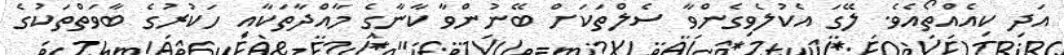
އަދި ކިއެއްތޯއެވެ. ލޭގަ އެކުލެވިގެންވާ ސެލްތަކަށް ބޭނުންވާ ކާނާގެ މާއްދާތަކާއި ހަކުރުގެ ބާވަތްތަކުގެ